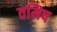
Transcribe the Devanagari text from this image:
तमिष